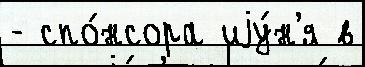
- спо́нсора иjу́н'я в